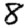
Digit: 8